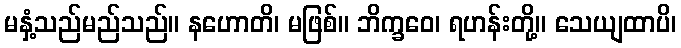
မနှံ့သည်မည်သည်။ နဟောတိ၊ မဖြစ်။ ဘိက္ခဝေ၊ ရဟန်းတို့။ သေယျထာပိ၊